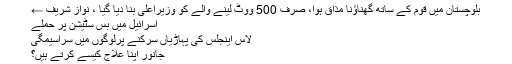
بلوچستان میں قوم کے ساتھ گھناؤنا مذاق ہوا، صرف 500 ووٹ لینے والے کو وزیراعلیٰ بنا دیا گیا ، نواز شریف ←
اسرائیل میں بس سٹیشن پر حملے
لاس اینجلس کی پہاڑیاں سرکنے پرلوگوں میں سراسیمگی
جانور اپنا علاج کیسے کرتے ہیں؟